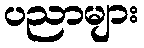
ပညာများ